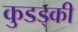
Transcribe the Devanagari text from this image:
कुडड्की